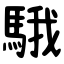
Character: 騀